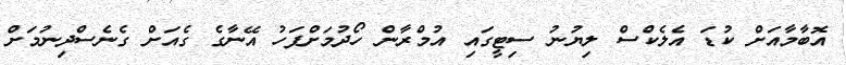
އޮބާމާއަށް ކުޑަ އެލެކްސް ލިޔުނު ސިޓީގައި އުމްރާން ހޯދުމަށްފަހު އޭނާގެ ގެއަށް ގެނެސްދިނުމަށް